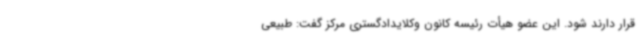
قرار دارند شود. این عضو هیأت رئیسه کانون وکلایدادگستری مرکز گفت: طبیعی